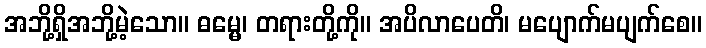
အဘို့ရှိအဘို့မဲ့သော။ ဓမ္မေ၊ တရားတို့ကို။ အပိလာပေတိ၊ မပျောက်မပျက်စေ။